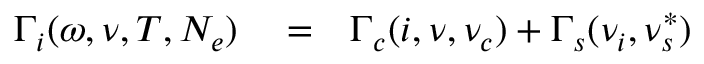
\begin{array} { r l r } { \Gamma _ { i } ( \omega , \nu , T , N _ { e } ) } & { { } = } & { \Gamma _ { c } ( i , \nu , \nu _ { c } ) + \Gamma _ { s } ( \nu _ { i } , \nu _ { s } ^ { * } ) } \end{array}